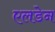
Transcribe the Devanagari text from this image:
एलडेन